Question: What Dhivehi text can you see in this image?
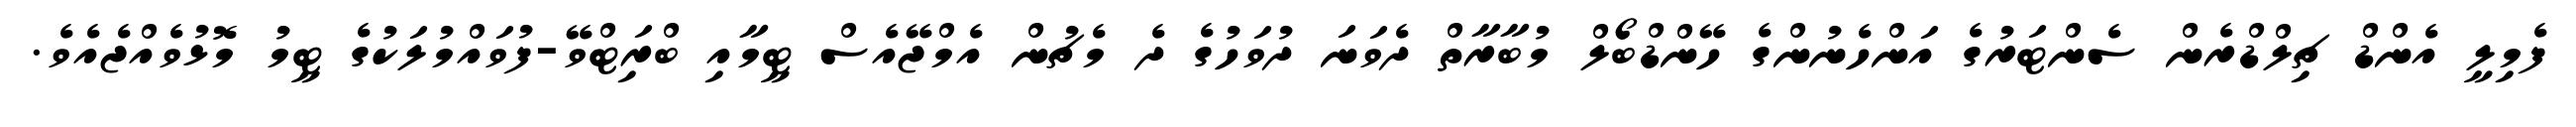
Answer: ފެމިލީ އެންޑް ޗިލްޑްރެން ސެންޓަރުގެ އަންހެނުންގެ ހޭންޑްބޯލް މުބާރާތް ދެވަނަ ދުވަހުގެ ދެ މެޗުން އެމްޖޭއެސް ޓީމާއި ބްރަިޓްވޭ-ފުވައްމުލަކުގެ ޓީމު މޮޅުވެއްޖެއެވެ.